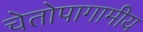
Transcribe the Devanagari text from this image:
चेतोपागामीय